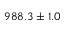
9 8 8 . 3 \pm 1 . 0